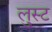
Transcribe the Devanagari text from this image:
लुस्ट